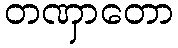
တဏှာတော